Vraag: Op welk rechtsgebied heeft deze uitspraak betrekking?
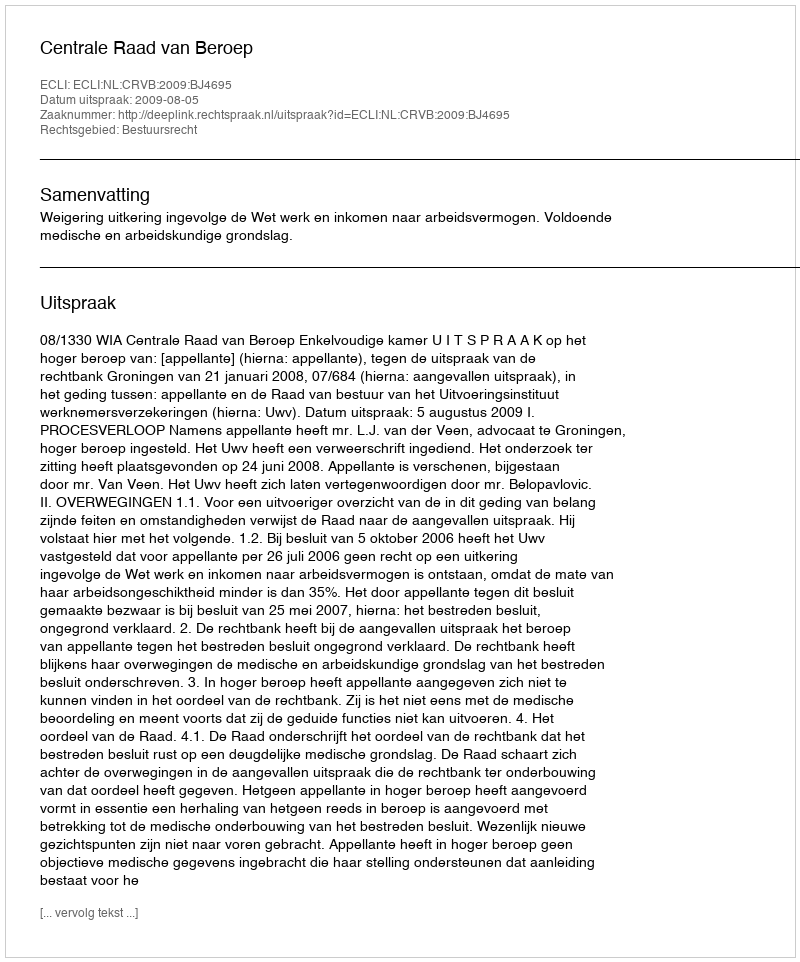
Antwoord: Bestuursrecht